Vaccination in Bombay 1913-1923 - 1913-1923
Year: 1913
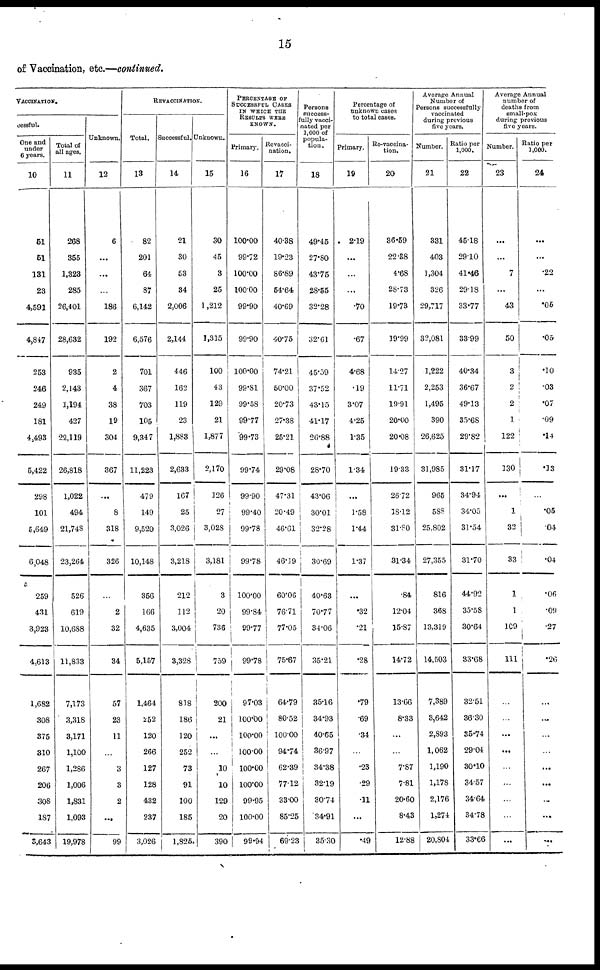
15
of Vaccination, etc.—continued.
VACCINATION.
cessful.
One and
under
6 years.
10
51
51
131
23
4,591
4,847
253
246
249
181
4,493
5,422
298
101
5,649
6,048
259
431
3,923
4,613
1,682
308
375
310
267
206
308
187
5,643
Total of
all ages.
11
268
355
1,328
285
26,401
28,632
935
2,143
1,194
427
22,119
26,818
1,022
494
21,748
23,264
526
619
10,688
11,833
7,173
3,318
3,171
1,100
1,286
1,006
1,831
1,093
19,978
Unknown.
12
6
...
...
...
186
192
2
4
38
19
304
367
...
8
318
326
...
2
32
34
57
23
11
...
3
3
2
...
99
REVACCINATION.
Total.
13
82
201
64
87
6,142
6,576
701
367
703
105
9,347
11,223
479
149
9,520
10,148
356
166
4,635
5,157
1,464
252
120
266
127
128
432
237
3,026
Successful.
14
21
30
53
34
2,006
2,144
446
162
119
23
1,883
2,633
167
25
3,026
3,218
212
112
3,004
3,328
818
186
120
252
73
91
100
185
1,825
Unknown.
15
30
45
3
25
1,212
1,315
100
43
129
21
1,877
2,170
126
27
3,028
3,181
3
20
736
759
200
21
...
10
10
129
20
390
PERCENTAGE OF
SUCCESSFUL CASES
IN WHICH THE
RESULTS WERE
KNOWN.
Primary.
16
100.00
99.72
100.00
100.00
99.90
99.90
100.00
99.81
99.58
99.77
99.73
99.74
99.90
99.40
99.78
99.78
100.00
99.84
99.77
99.78
97.03
100.00
100.00
100.00
100.00
100.00
99.95
100.00
99.94
Revacci¬
nation.
17
40.38
19.23
86.89
54.64
40.69
40.75
74.21
50.00
20.73
27.38
25.21
29.08
47.31
20.49
46.61
46.19
60.06
76.71
77.05
75.67
64.79
80.52
100.00
94.74
62.39
77.12
33.00
85.25
69.23
Persons
success-
fully vacci-
nated per
1,000 of
popula-
tion.
18
49.45
27.80
43.75
28.55
32.28
32.61
45.59
37.52
43.15
41.17
26.88
28.70
43.06
30.01
32.28
30.69
40.63
70.77
34.06
35.21
35.16
34.93
40.65
36.97
34.38
32.19
30.74
34.91
35.30
Percentage of
unknown cases
to total cases.
Primary.
19
2.19
...
...
...
.70
.67
4.68
.19
3.07
4.25
1.35
1.34
...
1.58
1.44
1.37
...
.32
.21
.28
.79
.69
.34
...
.23
.29
.11
...
.49
Re-vaccina-
tion.
20
36.59
22.38
4.68
28.73
19.73
19.99
14.27
11.71
19.91
20.00
20.08
19.33
26.72
18.12
31.80
31.34
.84
12.04
15.87
14.72
13.66
8.33
...
...
7.87
7.81
20.60
8.43
12.88
Average Annual
Number of
Persons successfully
vaccinated
during previous
five years.
Number.
21
331
403
1,304
326
29,717
32,081
1,222
2,253
1,495
390
26,625
31,985
965
588
25,802
27,355
816
368
13,319
14,503
7,389
3,642
2,893
1,062
1,190
1,178
2,176
1,274
20,804
Ratio per
1,000.
22
45.18
29.10
41.46
29.18
33.77
33.99
40.34
36.67
49.13
35.68
29.82
31.17
34.94
34.05
31.54
31.70
44.92
35.58
30.64
33.68
32.51
36.30
35.74
29.04
30.10
34.57
34.64
34.78
33.66
Average Annual
number of
deaths from
small-pox
during previous
five years.
Number.
23
...
...
7
...
43
50
3
2
2
1
122
130
...
1
32
33
1
1
109
111
...
...
...
...
...
...
...
...
...
Ratio per
1,000.
24
...
...
.22
...
.05
.05
.10
.03
.07
.09
.14
.13
...
.05
.04
.04
.06
.09
.27
.26
...
...
...
...
...
...
...
...
...